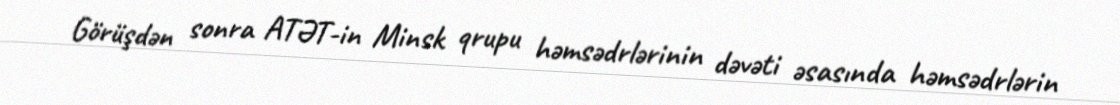
Görüşdən sonra ATƏT-in Minsk qrupu həmsədrlərinin dəvəti əsasında həmsədrlərin